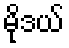
မိုဒယ်